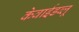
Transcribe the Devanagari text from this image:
केवाईडब्लू